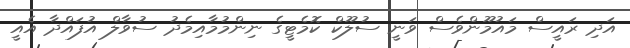
އަދި ރައީސް މައުމޫންވެސް ވަނީ ސުލޫކް ކޮމެޓީގެ ނިންމުމާއިމެދު ސުވާލް އުފައްދާ އެއީ